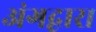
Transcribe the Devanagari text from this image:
अंगद्वारा